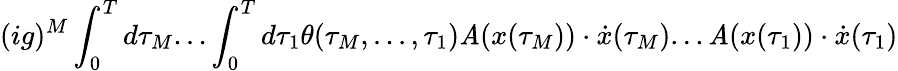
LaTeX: (ig)^{M}\int_{0}^{T}d\tau_{M}...\int_{0}^{T}d\tau_{1}\theta(\tau_{M},...,\tau_{1})\mathit{A}(x(\tau_{M}))\cdot\dot{{x}}(\tau_{M})...\mathit{A}(x(\tau_{1}))\cdot\dot{{x}}(\tau_{1})